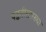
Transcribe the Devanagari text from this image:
पद्धतीसारख्या